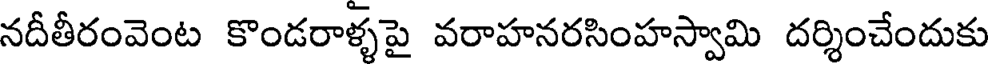
నదీతీరంవెంట కొండరాళ్ళపై వరాహనరసింహస్వామి దర్శించేందుకు